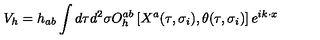
V _ { h } = h _ { a b } \int d \tau d ^ { 2 } \sigma O _ { h } ^ { a b } \left[ X ^ { a } ( \tau , \sigma _ { i } ) , \theta ( \tau , \sigma _ { i } ) \right] e ^ { i k \cdot x }